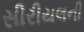
સીરીયલની